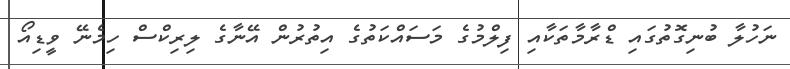
ނަހުލާ ބުނިގޮތުގައި ޑްރާމާތަކާއި ފިލްމުގެ މަސައްކަތުގެ އިތުރުން އޭނާގެ ލިރިކްސް ހިމެނޭ ވީޑިއޯ